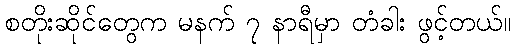
စတိုးဆိုင်တွေက မနက် ၇ နာရီမှာ တံခါး ဖွင့်တယ်။